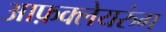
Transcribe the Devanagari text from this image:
आफ़क्लेयरुंग